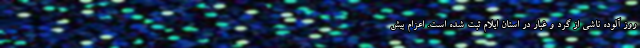
روز آلوده ناشی از گرد و غبار در استان ایلام ثبت شده است. اعزام بیش